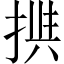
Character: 𱠎